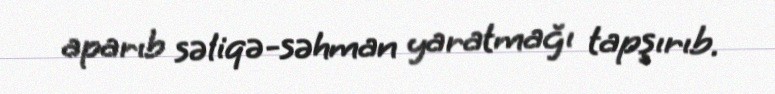
aparıb səliqə-səhman yaratmağı tapşırıb.